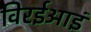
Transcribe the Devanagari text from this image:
विरईआइं